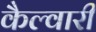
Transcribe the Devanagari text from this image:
कैल्वारी